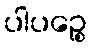
ပါပဉ္စေ